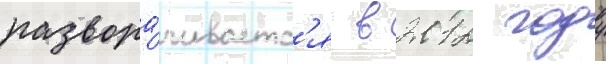
развора́чиваетс'я в 2012 году